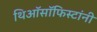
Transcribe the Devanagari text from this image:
थिऑसॉफिस्टांनी